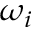
\omega _ { i }